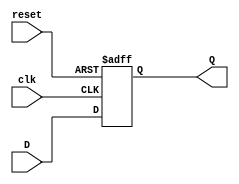
module feedback_register (
    input wire clk,     // Clock signal
    input wire reset,   // Asynchronous reset signal
    input wire D,       // Data input
    output reg Q        // Data output (current state)
);

// Asynchronous reset functionality
always @(posedge clk or posedge reset) begin
    if (reset) begin
        Q <= 1'b0;     // Set Q to known state (0) on reset
    end else begin
        Q <= D;        // Capture input data D on clock edge
    end
end

endmodule